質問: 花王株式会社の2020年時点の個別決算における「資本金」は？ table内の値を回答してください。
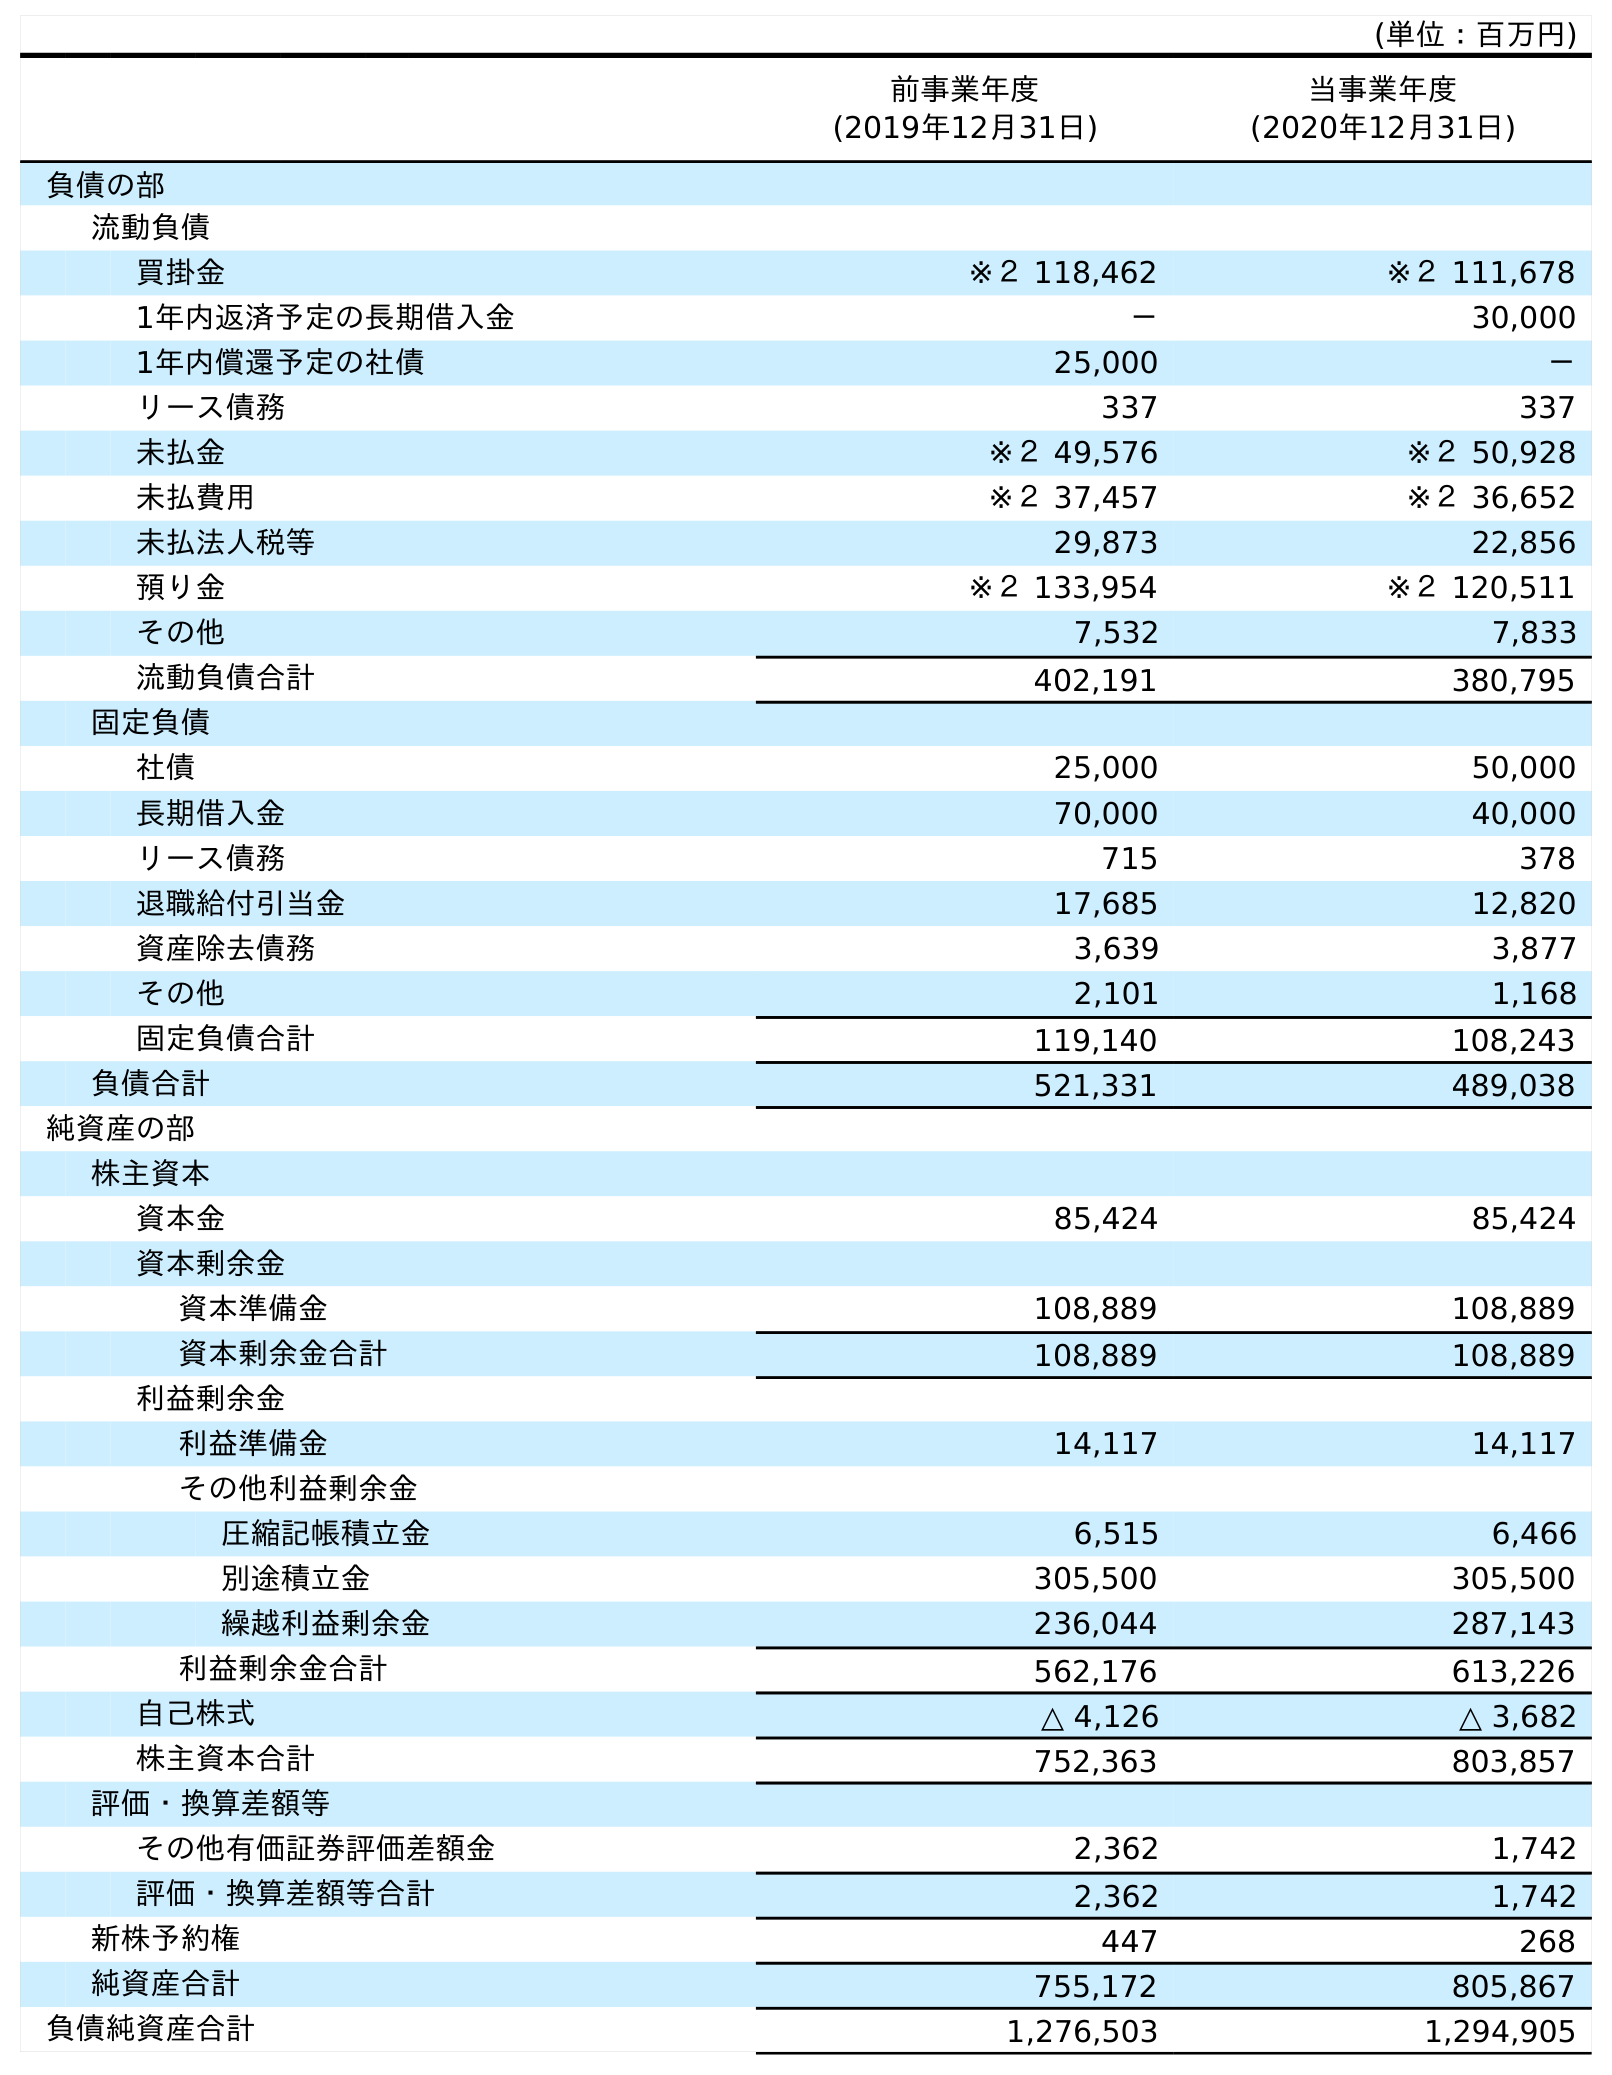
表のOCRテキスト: (単位：百万円) 前事業年度 (2019年12月31日) 当事業年度 (2020年12月31日) 負債の部 流動負債 買掛金 ※２ 118,462 ※２ 111,678 1年内返済予定の長期借入金 － 30,000 1年内償還予定の社債 25,000 － リース債務 337 337 未払金 ※２ 49,576 ※２ 50,928 未払費用 ※２ 37,457 ※２ 36,652 未払法人税等 29,873 22,856 預り金 ※２ 133,954 ※２ 120,511 その他 7,532 7,833 流動負債合計 402,191 380,795 固定負債 社債 25,000 50,000 長期借入金 70,000 40,000 リース債務 715 378 退職給付引当金 17,685 12,820 資産除去債務 3,639 3,877 その他 2,101 1,168 固定負債合計 119,140 108,243 負債合計 521,331 489,038 純資産の部 株主資本 資本金 85,424 85,424 資本剰余金 資本準備金 108,889 108,889 資本剰余金合計 108,889 108,889 利益剰余金 利益準備金 14,117 14,117 その他利益剰余金 圧縮記帳積立金 6,515 6,466 別途積立金 305,500 305,500 繰越利益剰余金 236,044 287,143 利益剰余金合計 562,176 613,226 自己株式 △ 4,126 △ 3,682 株主資本合計 752,363 803,857 評価・換算差額等 その他有価証券評価差額金 2,362 1,742 評価・換算差額等合計 2,362 1,742 新株予約権 447 268 純資産合計 755,172 805,867 負債純資産合計 1,276,503 1,294,905
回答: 85,424